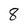
Character: 8